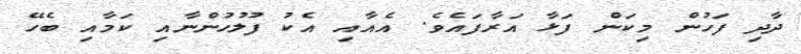
ދާދި ފަހުން މިކަން ފަޅާ އަރާފައެވެ. އެއާއި އެކު ފުލުހުންނާއި ކަމާއި ބެހޭ